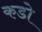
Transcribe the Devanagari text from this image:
कडो